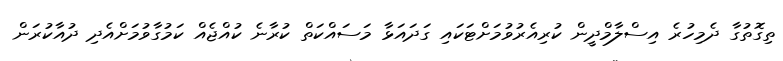
ތިގޮތުގާ ދެމިހުރެ އިސްލާމްދީން ކުރިއެރުވުމަށްޓަކައި ގަދައަޅާ މަސައްކަތް ކުރާނެ ކުއްޖެއް ކަމުގާވުމަށްއެދި ދުއާކުރަން